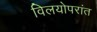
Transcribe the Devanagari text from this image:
विलयोपरांत